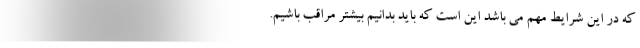
که در این شرایط مهم می باشد این است که باید بدانیم بیشتر مراقب باشیم.